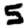
Digit: 5